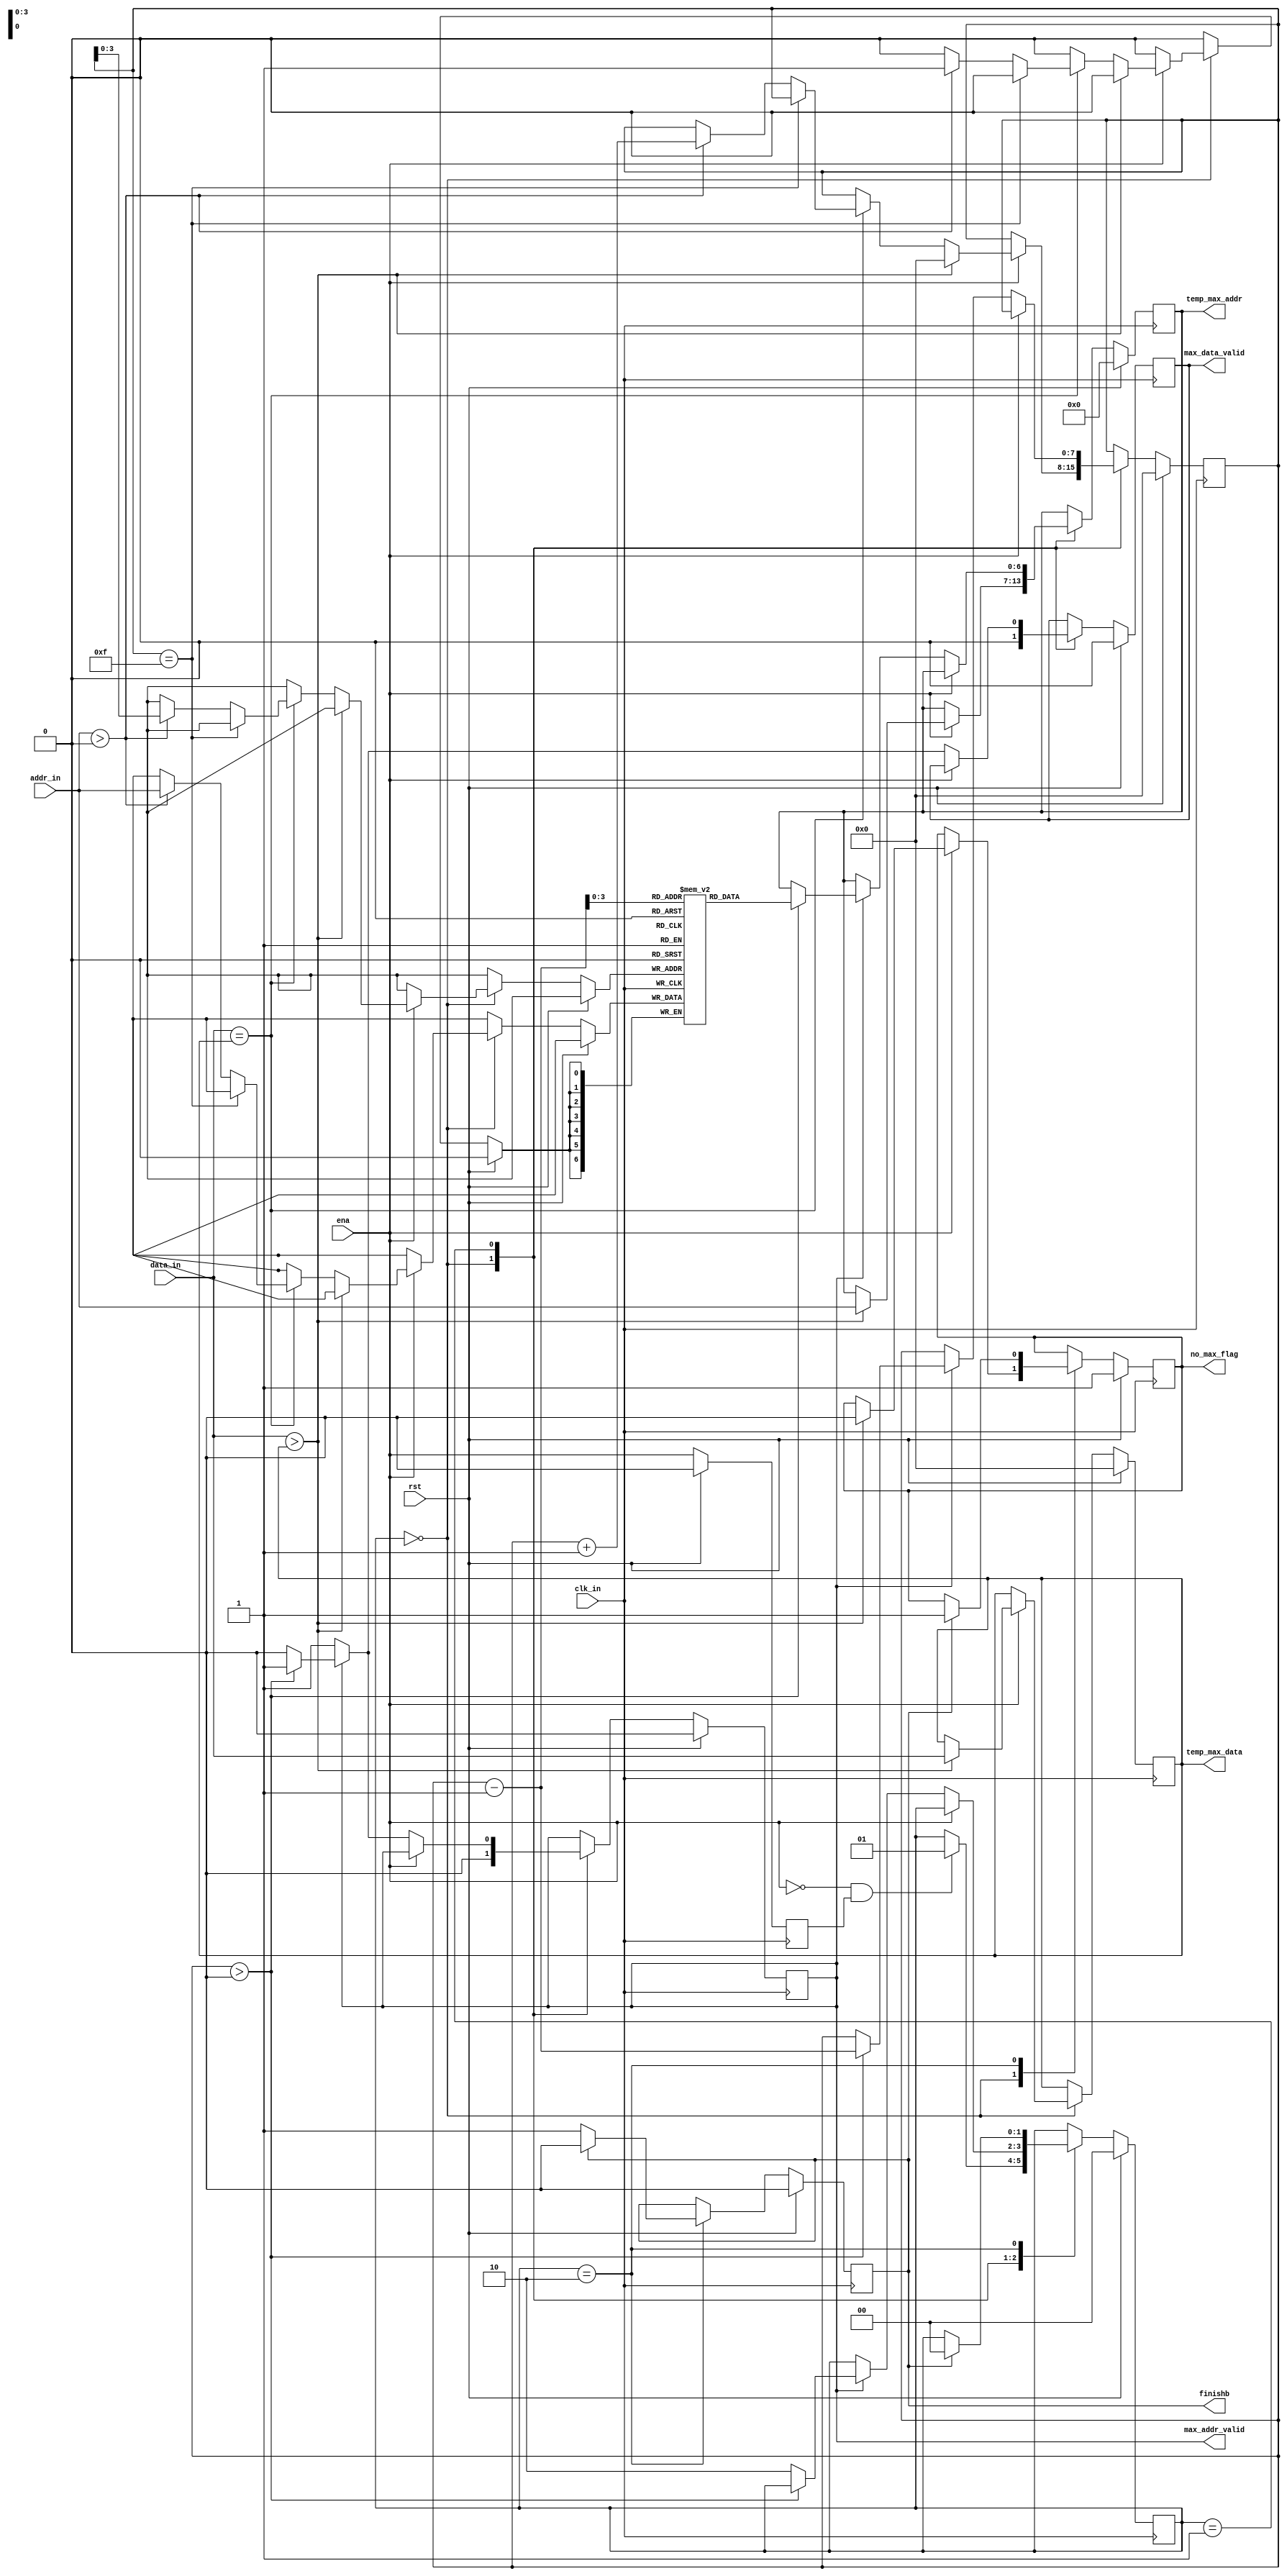
module find_max(clk_in,rst,data_in,addr_in,ena,temp_max_data,max_data_valid,temp_max_addr,max_addr_valid,finishb,no_max_flag);

input wire clk_in;
input wire rst;
input wire[7:0] data_in;
input wire[6:0] addr_in;
input ena;      // Denotes When The Work Is START/END

output reg[7:0] temp_max_data;
output reg max_data_valid;
output reg[6:0] temp_max_addr;
output reg max_addr_valid;
output reg finishb;
output reg no_max_flag;




// -----------------FIND MAX ----------------------
/*  temp_max must have an initial value, must use reg 
wire[7:0] temp_max_data;
assign temp_max_data = (data_in >= temp_max_data)? data_in:temp_max_data;
wire[6:0] temp_max_addr;
assign temp_max_addr = (data_in >= temp_max_data)? addr_in:temp_max_addr;
*/


// Start From 0, the actual cnt is multiple_max_cnt+1;
reg[7:0] multiple_max_cnt;
// Store 16 Same Max Value's addr_in
// The Otehr Max_addr_in was stored in these Regs (without the first one which was stored in temp_max_addr_in)
reg[6:0] multiple_max_addr[0:15]; 

reg multiple_max_overflow;
reg have_given_valid;

`define FIND_MAX 2'b00;
`define GIVE_VALID 2'b01;
`define GIVE_FINISH 2'b10;

reg ena_r;
always@(posedge clk_in) begin
    if (rst) begin
        ena_r <= 0;
    end
    else begin
        ena_r <= ena;
    end
end

wire negedge_ena;
assign negedge_ena = !ena & ena_r;

reg[1:0] state;


always @(posedge clk_in) begin
    if (rst) begin
        temp_max_data <= 0;
        temp_max_addr <= 0;
        state <= 0;
        multiple_max_cnt <= 0;
        multiple_max_overflow <= 0;
        max_data_valid <= 0;
        max_addr_valid <= 0;
        have_given_valid <= 0;
        finishb <= 0;
        no_max_flag <= 1;
    end
    else begin

        case(state)
            2'b00:  begin
                max_data_valid <= 0;
                max_addr_valid <= 0;
                // --------------------- The FIND_MAX STEP ------------------
                if (ena) begin
                    have_given_valid <= 0;
                    if (data_in > temp_max_data) begin
                        temp_max_data <= data_in;
                        multiple_max_cnt <= 0;              // If a new max enocunts, empty multiple_max
                        temp_max_addr <= addr_in;         // True addr_in Latch addr_in 2 (-2)   &&  find max procedure last 1 cycle (+1)
                        no_max_flag <= 0;
                    end
                    else if (data_in == temp_max_data) begin

                        // when First Encounts multiple max
                        // if (multiple_max_cnt == 0) begin
                        //     multiple_max_addr[0] <= temp_max_addr;  // Load Current addr_in into 
                        //     multiple_max_cnt <= multiple_max_cnt + 1;
                        // end
                        // If Overflow (More than 16 same max)
                        if (multiple_max_cnt == 15) begin
                            multiple_max_overflow <= 1;
                        end
                        else begin
                        // Because Of Some Stupid Reason, We repeated The 00 Data Twice, So We Won't Add It Here
                            if (addr_in > 0) begin
                                multiple_max_cnt <= multiple_max_cnt + 1;
                                multiple_max_addr[multiple_max_cnt] <= addr_in;
                            end
                        end
                        
                    end
                    else begin
                        temp_max_data <= temp_max_data;
                        temp_max_addr <= temp_max_addr;
                        multiple_max_cnt <= multiple_max_cnt;
                    end
                end  

                if (negedge_ena) begin
                    state <= 2'b01;
                end  
            end

            2'b01: begin
                //--------------- GIVE VALID SIGNAL --------------------
                if (!ena)  begin    // When ena == LOW, Give VALID

                    if (!max_data_valid) begin
                        max_data_valid <= 1;
                    end

                    // else begin
                    //     max_data_valid <= 0;
                    // end

                    // Hole ADDR Valid For N Cycle
                    if (max_addr_valid) begin
                        if (multiple_max_cnt > 0) begin
                            temp_max_addr <= multiple_max_addr[multiple_max_cnt-1];
                            multiple_max_cnt <= multiple_max_cnt - 1;  
                        end
                        else begin
                            max_data_valid <= 0;
                            max_addr_valid <= 0;
                            state <= 2'b10; // After Giving ADDR_VALID, mark have_given_valid TRUE
                        end
                    end
                    else begin
                        max_addr_valid <= 1;
                    end      

                end
            end  

            2'b10: begin
                // Give One Cycle Of FINISHB
                if (!finishb) begin
                    finishb <= 1;
                end
                else begin
                    finishb <= 0;
                    state <= 2'b00;
                    no_max_flag <= 1;
                end
            end      

        endcase
    end
end

endmodule